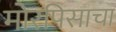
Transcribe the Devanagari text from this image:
मोरपिसाचा